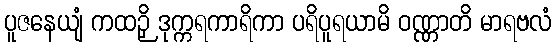
ပူဇနေယျံ ကထဉှိ ဒုက္ကရကာရိကာ ပရိပူရယာမိ ဝဏ္ဏာတိ မာရဗလံ